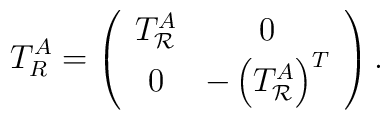
T^A_{R}=\left(\begin{array}{cc} T^A_{\mathcal R} & 0 \\ 0 & -\left( T_{\mathcal R}^A \right)^T\end{array}\right).